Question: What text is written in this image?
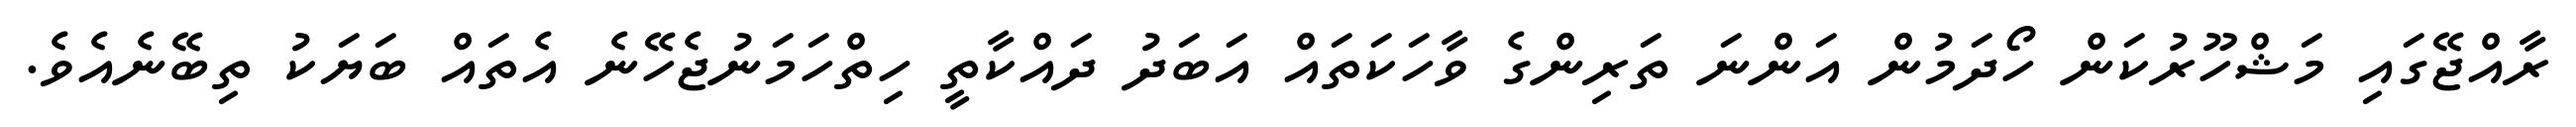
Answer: ރާއްޖޭގައި މަޝްހޫރުކަން ހޯދަމުން އަންނަ ތަރިންގެ ވާހަކަތައް އަބަދު ދައްކާތީ ހިތްހަމަނުޖެހޭނެ އެތައް ބަޔަކު ތިބޭނެއެވެ.